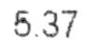
5.37